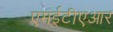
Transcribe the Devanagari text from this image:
एमईटीएआर